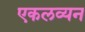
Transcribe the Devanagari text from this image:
एकलव्यन